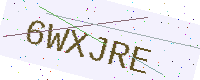
Text: 6WXJRE